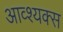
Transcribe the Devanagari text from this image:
आव्श्यक्स